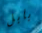
بابل